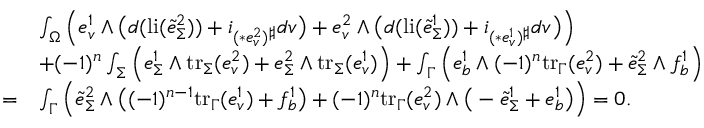
\begin{array} { r l } & { \int _ { \Omega } \Big ( e _ { v } ^ { 1 } \wedge \big ( d ( \mathrm { l i } ( \tilde { e } _ { \Sigma } ^ { 2 } ) ) + i _ { ( \ast e _ { v } ^ { 2 } ) ^ { \sharp } } d v \big ) + e _ { v } ^ { 2 } \wedge \big ( d ( \mathrm { l i } ( \tilde { e } _ { \Sigma } ^ { 1 } ) ) + i _ { ( \ast e _ { v } ^ { 1 } ) ^ { \sharp } } d v \big ) \Big ) } \\ & { + ( - 1 ) ^ { n } \int _ { \Sigma } \Big ( e _ { \Sigma } ^ { 1 } \wedge \mathrm { t r } _ { \Sigma } ( e _ { v } ^ { 2 } ) + e _ { \Sigma } ^ { 2 } \wedge \mathrm { t r } _ { \Sigma } ( e _ { v } ^ { 1 } ) \Big ) + \int _ { \Gamma } \Big ( e _ { b } ^ { 1 } \wedge ( - 1 ) ^ { n } \mathrm { t r } _ { \Gamma } ( e _ { v } ^ { 2 } ) + \tilde { e } _ { \Sigma } ^ { 2 } \wedge f _ { b } ^ { 1 } \Big ) } \\ { = } & { \int _ { \Gamma } \Big ( \tilde { e } _ { \Sigma } ^ { 2 } \wedge \big ( ( - 1 ) ^ { n - 1 } \mathrm { t r } _ { \Gamma } ( e _ { v } ^ { 1 } ) + f _ { b } ^ { 1 } \big ) + ( - 1 ) ^ { n } \mathrm { t r } _ { \Gamma } ( e _ { v } ^ { 2 } ) \wedge \big ( - \tilde { e } _ { \Sigma } ^ { 1 } + e _ { b } ^ { 1 } \big ) \Big ) = 0 . } \end{array}